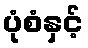
ပုံစံနှင့်